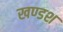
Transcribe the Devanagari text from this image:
खण्डश